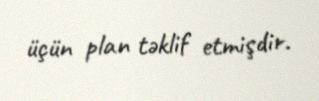
üçün plan təklif etmişdir.